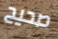
صحيح